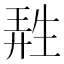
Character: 𤯩